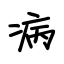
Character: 病